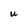
Character: U